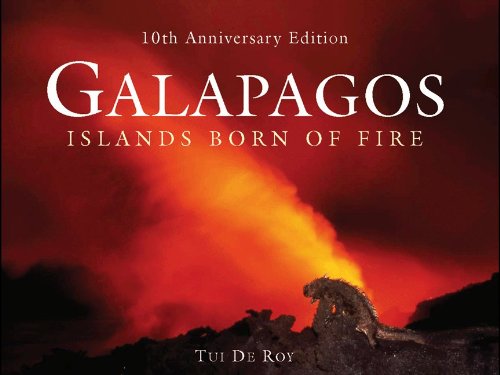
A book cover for Galapagos: Islands Born of Fire; Tui De Roy; Arts & Photography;